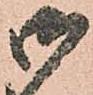
御